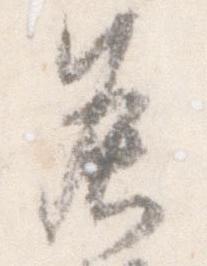
灸